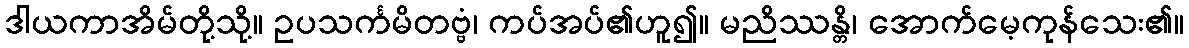
ဒါယကာအိမ်တို့သို့။ ဥပသင်္ကမိတဗ္ဗံ၊ ကပ်အပ်၏ဟူ၍။ မညိဿန္တိ၊ အောက်မေ့ကုန်သေး၏။